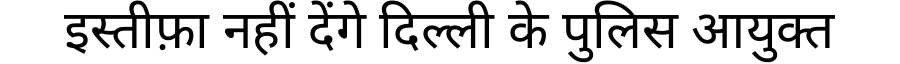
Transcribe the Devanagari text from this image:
इस्तीफ़ा नहीं देंगे दिल्ली के पुलिस आयुक्त